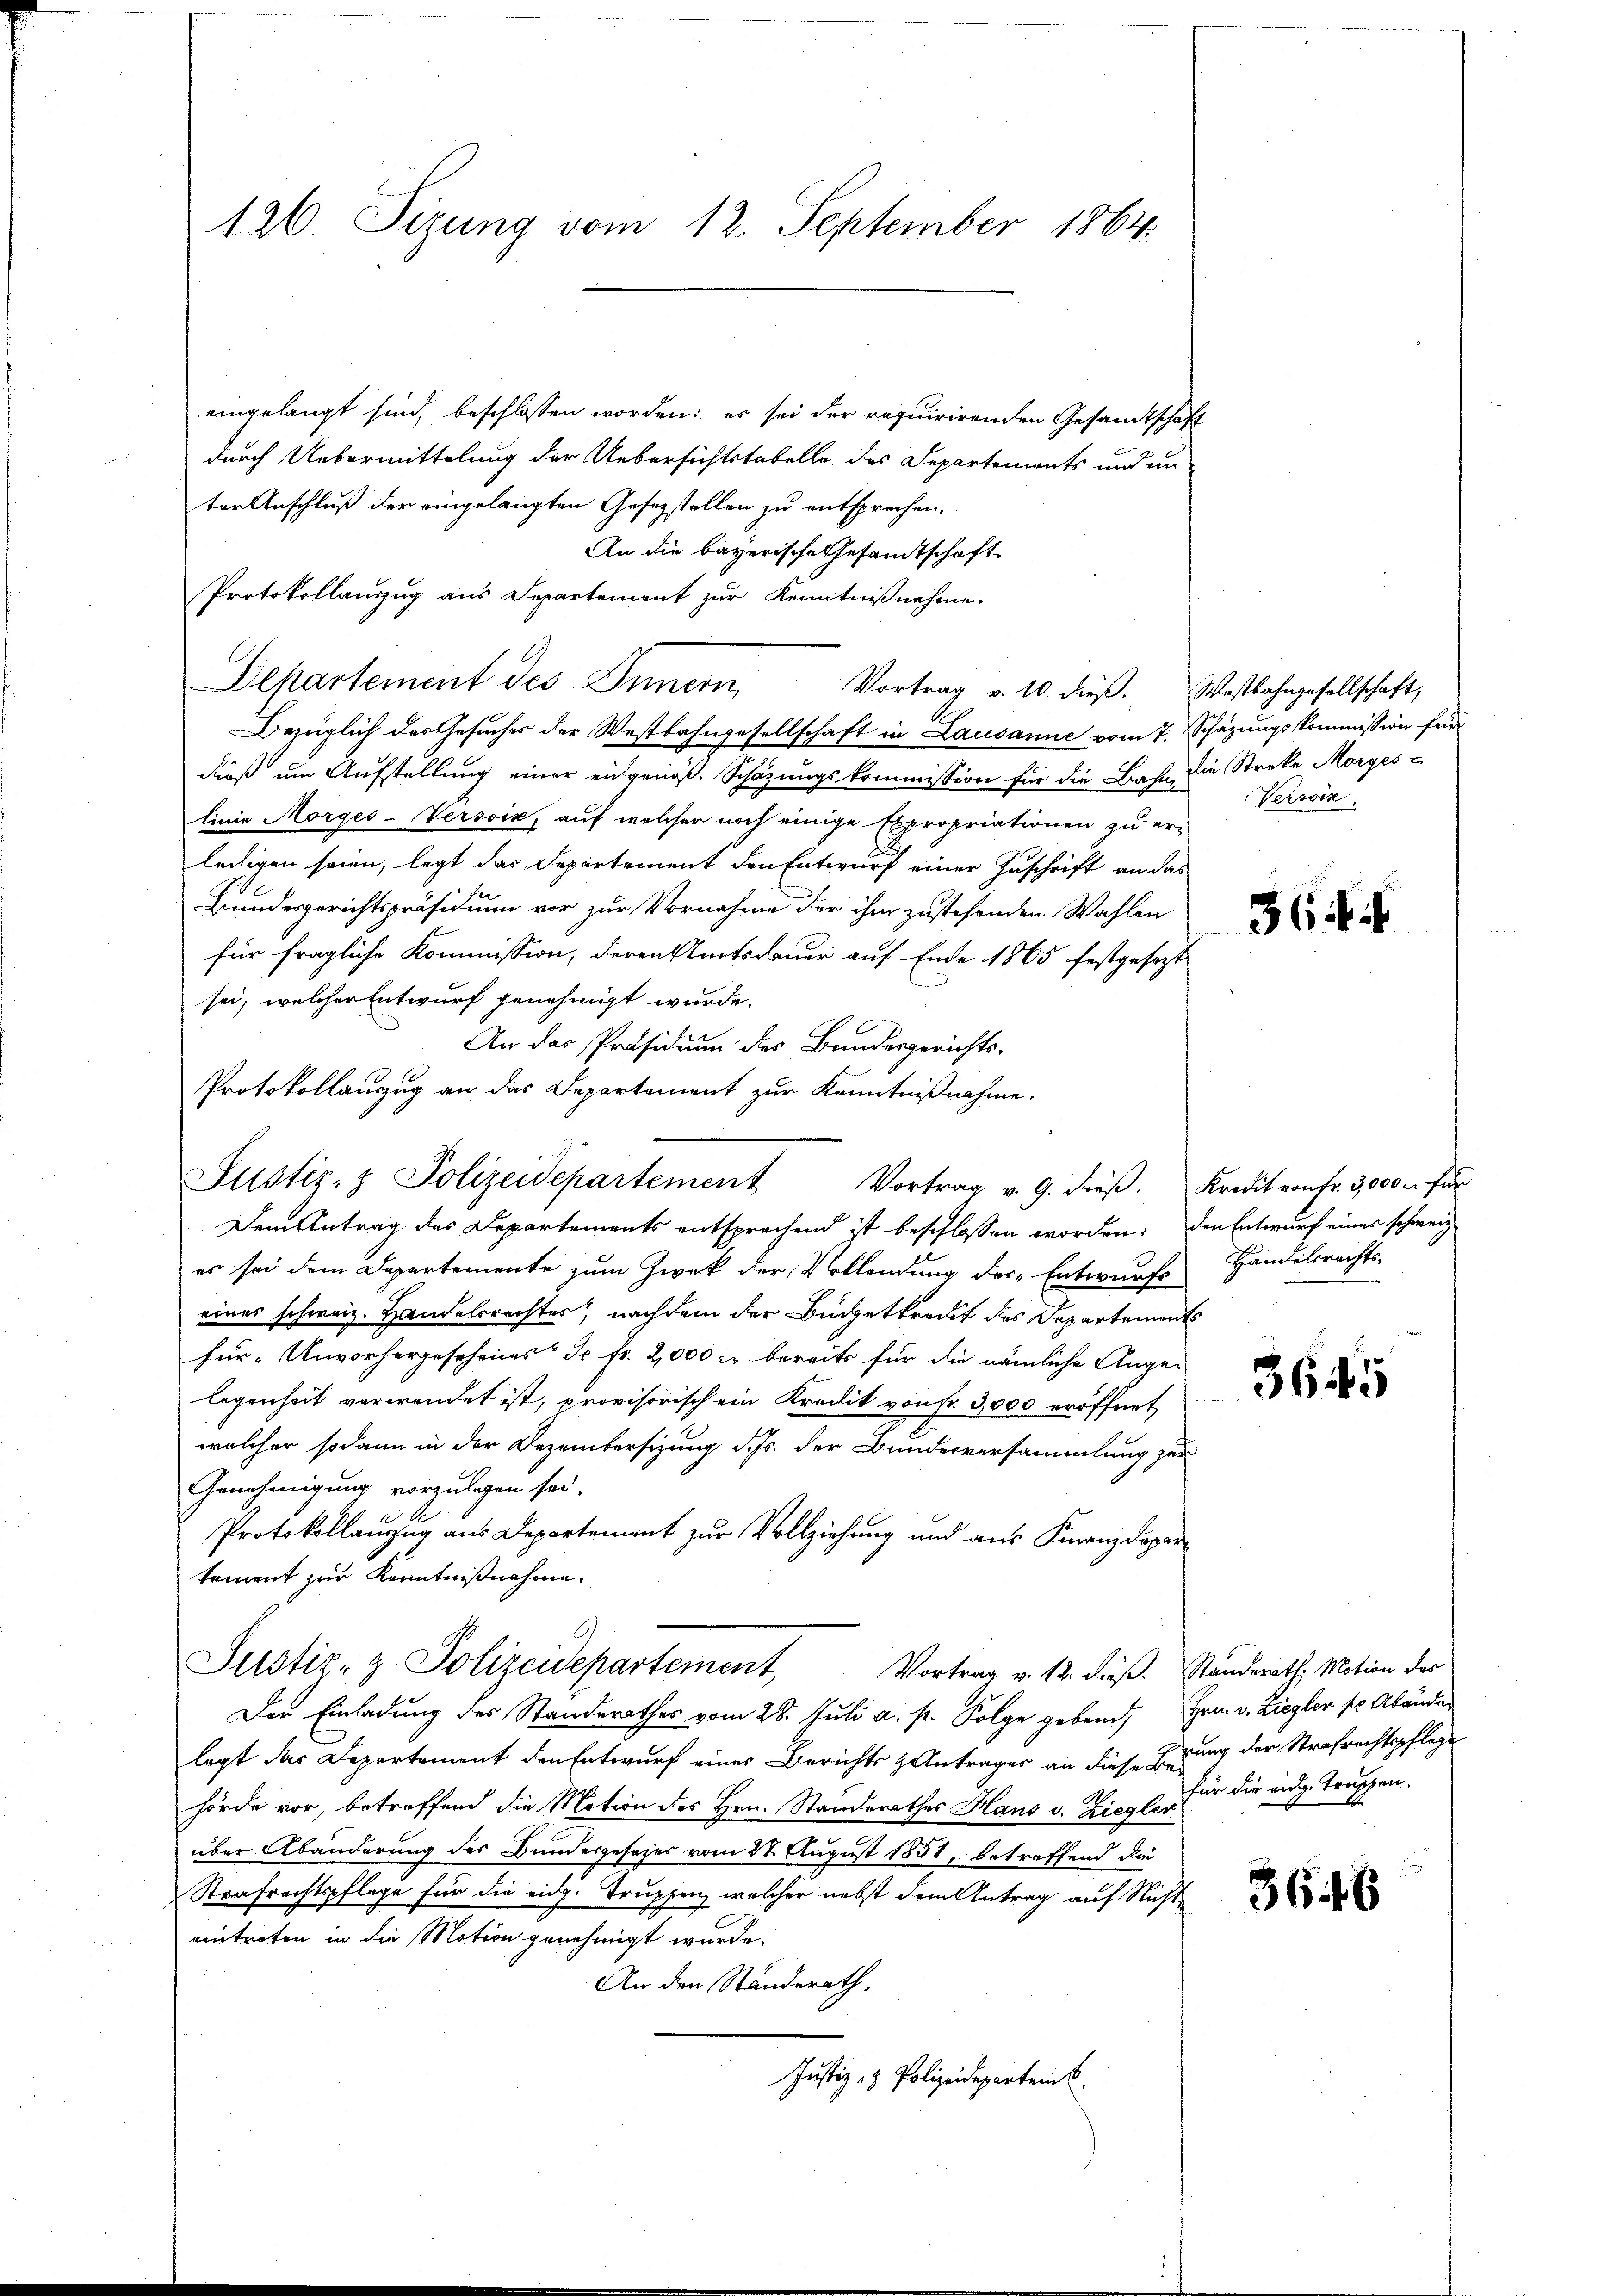
126. Sizung vom 12. September 1864.

eingelangt sind, beschlossen worden: es sei der requirirenden Gesandtschaft
durch Uebermittelung der Uebersichtstabelle des Departements und un
ter Anschluß der eingelangten Gesezstellen zu entsprechen.
An die bayerische Gesamtschaft
Protokollauszug aus Departement zur Kenntnißnahme.
Departement des Innern,
Vortrag v. 10. dieβ. Wostbahngesellschaft,
Bezüglich des Gesuches der Westbahngesellschaft in Lausanne vom 7. Schäzungskommission für
dieß um Aufstellung einer eidgenöß. Schätzungskommission für die Bahn die Streke Morgeslinie Morges-Versoin, auf welcher noch einige Expropriationen zu er-
ledigen seien, legt das Departement den Entwurf einer Zuschrift an das
Bundesgerichtspräsidium vor zur Vornahme der ihm zustehenden Wahlen
für fragliche Kommission, deren Amtsdauer auf Ende 1865 festgesezt
sei, welcher Entwurf genehmigt wurde.
An das Präsidium des Bundesgerichts¬
Protokollauszug an das Departement zur Kenntnißnahme.
Dem Antrag des Departements entsprechend ist beschlossen worden; den Entwurf eines schweiz
es sei dem Departemente zum Zwek der Vollendung der Entwurfs
eines schweiz. Handelsrechtes, nachdem der Budgetkredit des Departements
für Unvorhergesehenes Dr. Fr. 2,000 in bereits für die nämliche Angelegenheit verwendet ist, provisorisch ein Kredit von Fr. 3000 eröffnet
welcher sodann in der Dezembersizung d. Js. der Bunderversammlung zur
Genehmigung vorzulegen sei.
Protokollanzug aus Departement zur Vollziehung und aus Finanzdepartement zur Kenntnißnahme.
.
Justiz- z. Polizeidepartement,
Vortrag v. 12. dieß. Standerath, Motion des
Der Einladung des Standerathes vom 28. Juli a. p. Folge gebend, Hrn. v. Liegler so Abänden
legt das Departement den Entwurf eines Berichts Antrages an diese Errung der Strafrechtspflegt
hörde vor, betreffend die Motion des Hrn. Standerathes Hans v. Ziegle, für die aug. Truppen.
über Abänderung des Bundesgesezes vom 24. August 1851, betreffend die
Strafrechtspflege für die eidg. Trupfen, welcher nebst dem Antrag auf Nicht
eintreten in die Motion genehmigt wurde.
An den Standerath,
Justiz- & Polizeidepartein

Justiz- & Polizeidepartement Vortrag v. 9. dieβ. Kredit von fr. 3,000 - für

Verwin

364 f

Handelsrechts-

3645

3648